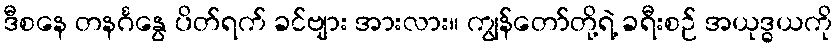
ဒီစနေ တနင်္ဂနွေ ပိတ်ရက် ခင်ဗျား အားလား။ ကျွန်တော်တို့ရဲ့ ခရီးစဉ် အယုဒ္ဓယကို